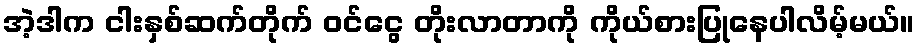
အဲ့ဒါက ငါးနှစ်ဆက်တိုက် ဝင်ငွေ တိုးလာတာကို ကိုယ်စားပြုနေပါလိမ့်မယ်။